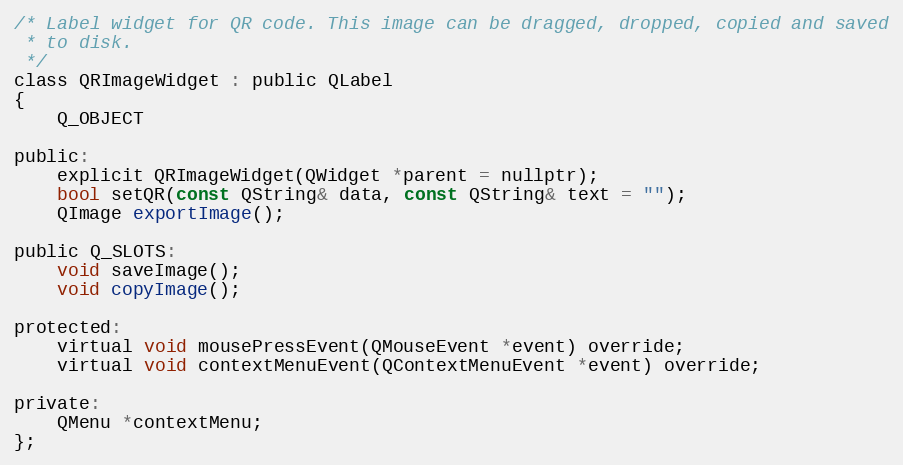
Language: C
/* Label widget for QR code. This image can be dragged, dropped, copied and saved
 * to disk.
 */
class QRImageWidget : public QLabel
{
    Q_OBJECT

public:
    explicit QRImageWidget(QWidget *parent = nullptr);
    bool setQR(const QString& data, const QString& text = "");
    QImage exportImage();

public Q_SLOTS:
    void saveImage();
    void copyImage();

protected:
    virtual void mousePressEvent(QMouseEvent *event) override;
    virtual void contextMenuEvent(QContextMenuEvent *event) override;

private:
    QMenu *contextMenu;
};